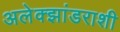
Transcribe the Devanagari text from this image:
अलेक्झांडराशी